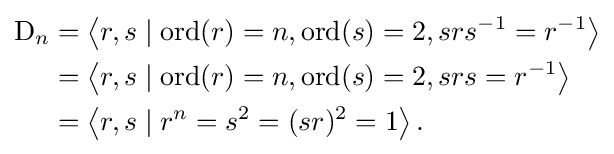
{\begin{aligned}\mathrm {D} _{n}&=\left\langle r,s\mid \operatorname {ord} (r)=n,\operatorname {ord} (s)=2,srs^{-1}=r^{-1}\right\rangle \\&=\left\langle r,s\mid \operatorname {ord} (r)=n,\operatorname {ord} (s)=2,srs=r^{-1}\right\rangle \\&=\left\langle r,s\mid r^{n}=s^{2}=(sr)^{2}=1\right\rangle .\end{aligned}}